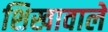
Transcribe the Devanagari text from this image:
शिखावाले